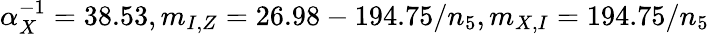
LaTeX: \alpha_{X}^{-1}=38.53,m_{I,Z}=26.98-194.75/n_{5},m_{X,I}=194.75/n_{5}